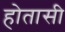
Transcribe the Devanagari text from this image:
होतासी